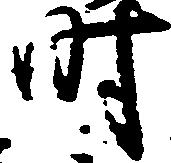
時